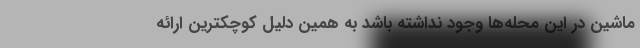
ماشین در این محله‌ها وجود نداشته باشد به همین دلیل کوچکترین اراِئه